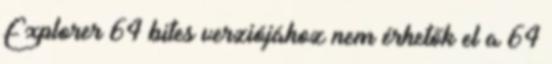
Explorer 64 bites verziójához nem érhetők el a 64